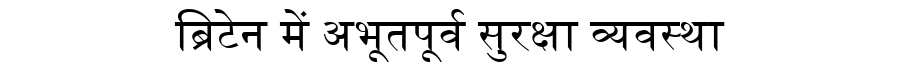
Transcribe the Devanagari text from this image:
ब्रिटेन में अभूतपूर्व सुरक्षा व्यवस्था